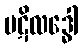
ပဋိလဒ္ဓေါ